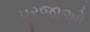
પૂરજાઓ